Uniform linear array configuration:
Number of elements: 24
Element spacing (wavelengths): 0.75
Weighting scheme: kaiser
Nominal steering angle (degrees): -15
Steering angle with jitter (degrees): -16.895
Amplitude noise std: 0.05
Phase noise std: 0.05

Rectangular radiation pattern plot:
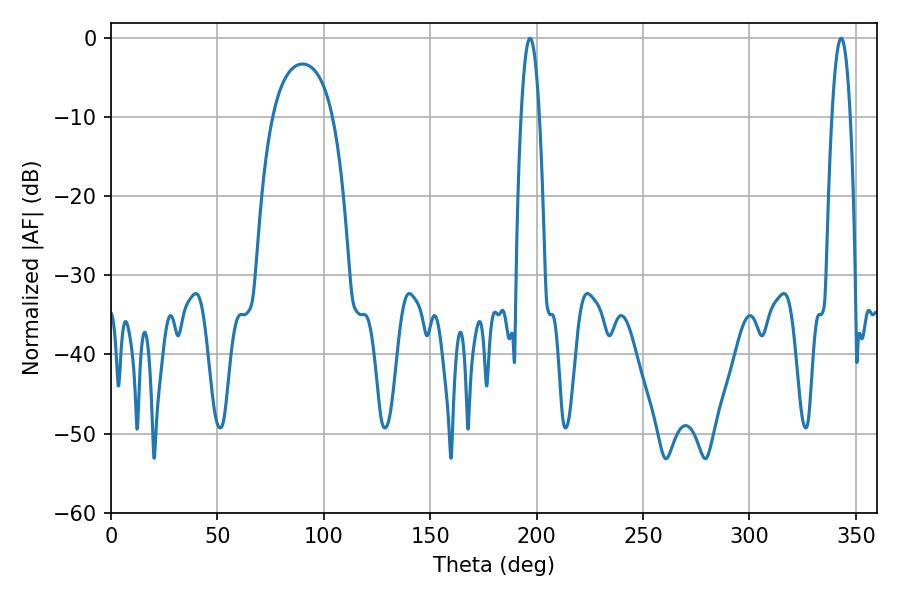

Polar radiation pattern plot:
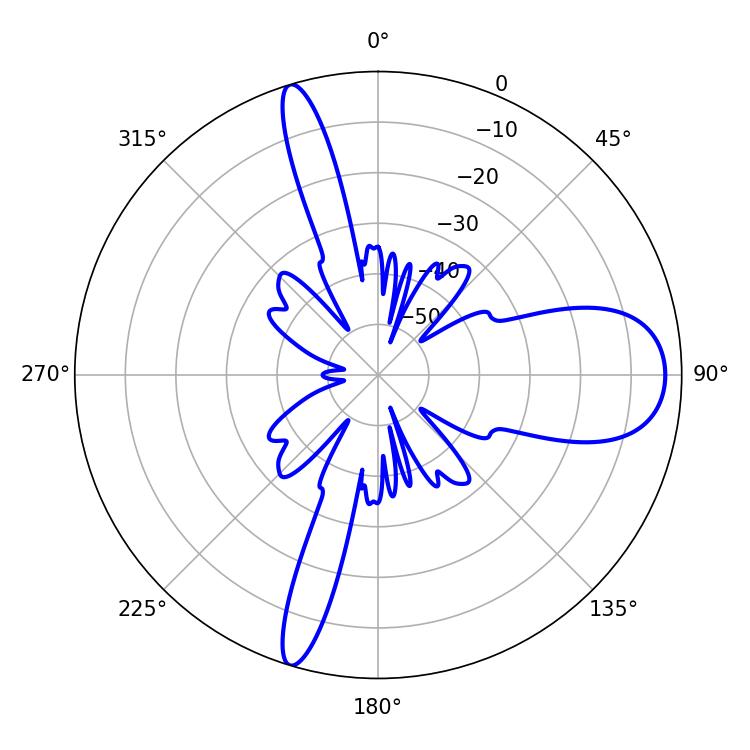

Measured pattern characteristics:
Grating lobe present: TRUE
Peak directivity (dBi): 12.388
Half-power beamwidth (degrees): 4.68
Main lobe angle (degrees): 196.92